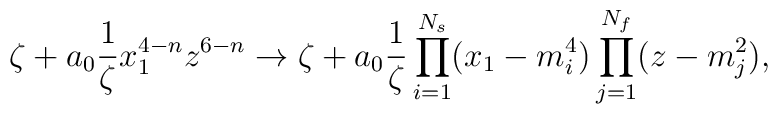
\zeta+a_0\frac{1}{\zeta} x_1^{4-n}z^{6-n} \to	\zeta+a_0\frac{1}{\zeta}\prod_{i=1}^{N_s}(x_1-m^4_i)		\prod_{j=1}^{N_f}(z-m_j^2),